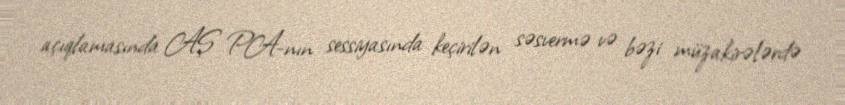
açıqlamasında AŞ PA-nın sessiyasında keçirilən səsvermə və bəzi müzakirələrdə